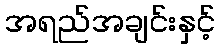
အရည်အချင်းနှင့်